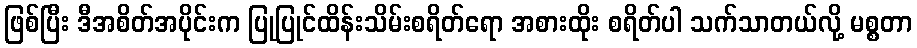
ဖြစ်ပြီး ဒီအစိတ်အပိုင်းက ပြုပြုင်ထိန်းသိမ်းစရိတ်ရော အစားထိုး စရိတ်ပါ သက်သာတယ်လို့ မစ္စတာ